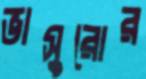
ভাসুরোর